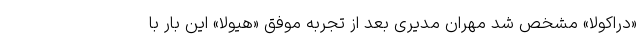
«دراکولا» مشخص شد مهران مدیری بعد از تجربه موفق «هیولا» این بار با